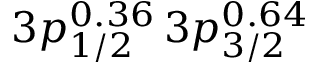
3 p _ { 1 / 2 } ^ { 0 . 3 6 } \, 3 p _ { 3 / 2 } ^ { 0 . 6 4 }